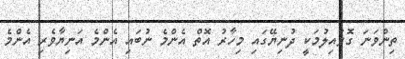
ތިންވަނަ ގޮވައިލުމަކީ ދުނިޔޭގައި މިހާރު އޮތް އެންމެ ނުބައި އެންމެ އަނިޔާވެރި އެންމެ